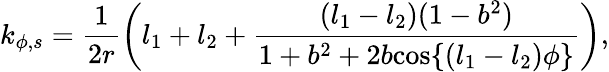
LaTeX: k_{\phi,s}=\frac{1}{2r}\left(l_{1}+l_{2}+\frac{(l_{1}-l_{2})(1-{b}^{2})}{1+{b}^{2}+2{b}{\cos\{ (l_{1}-l_{2})\phi\} }}\right),